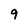
Character: 9